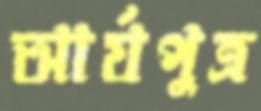
আর্যপুত্র